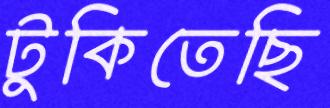
টুকিতেছি